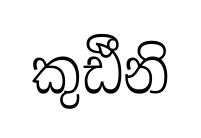
කුඪීනි